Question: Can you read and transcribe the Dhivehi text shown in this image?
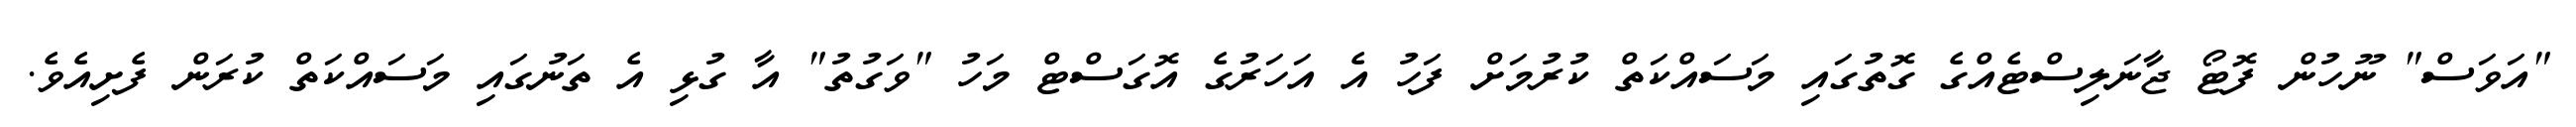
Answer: "އަވަސް" ނޫހުން ފޮޓޯ ޖާނަލިސްޓެއްގެ ގޮތުގައި މަސައްކަތް ކުރުމަށް ފަހު އެ އަހަރުގެ އޮގަސްޓް މަހު "ވަގުތު" އާ ގުޅި އެ ތަނުގައި މަސައްކަތް ކުރަން ފެށިއެވެ.